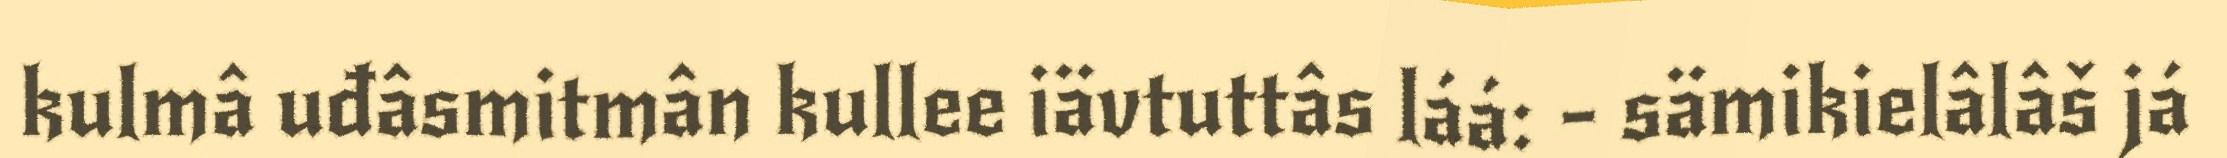
kulmâ uđâsmitmân kullee iävtuttâs láá: - sämikielâlâš já